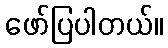
ဖော်ပြပါတယ်။